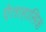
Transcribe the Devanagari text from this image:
ऐताहासिक